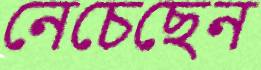
নেচেছেন